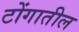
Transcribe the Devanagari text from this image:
टोंगातील